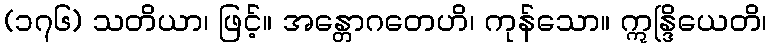
(၁၇၆) သတိယာ၊ ဖြင့်။ အန္တောဂတေဟိ၊ ကုန်သော။ ဣန္ဒြိယေတိ၊